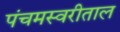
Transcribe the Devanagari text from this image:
पंचमस्वरीताल